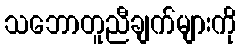
သဘောတူညီချက်များကို